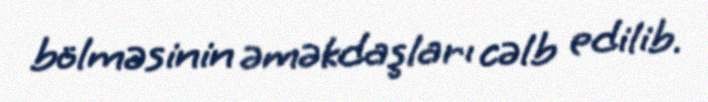
bölməsinin əməkdaşları cəlb edilib.